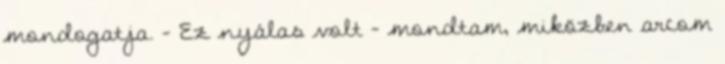
mondogatja. - Ez nyálas volt - mondtam, miközben arcom